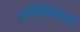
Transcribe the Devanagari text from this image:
अस्मितेबद्दल